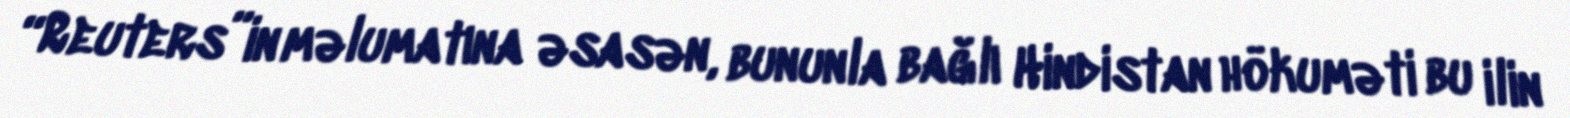
“Reuters”in məlumatına əsasən, bununla bağlı Hindistan hökuməti bu ilin